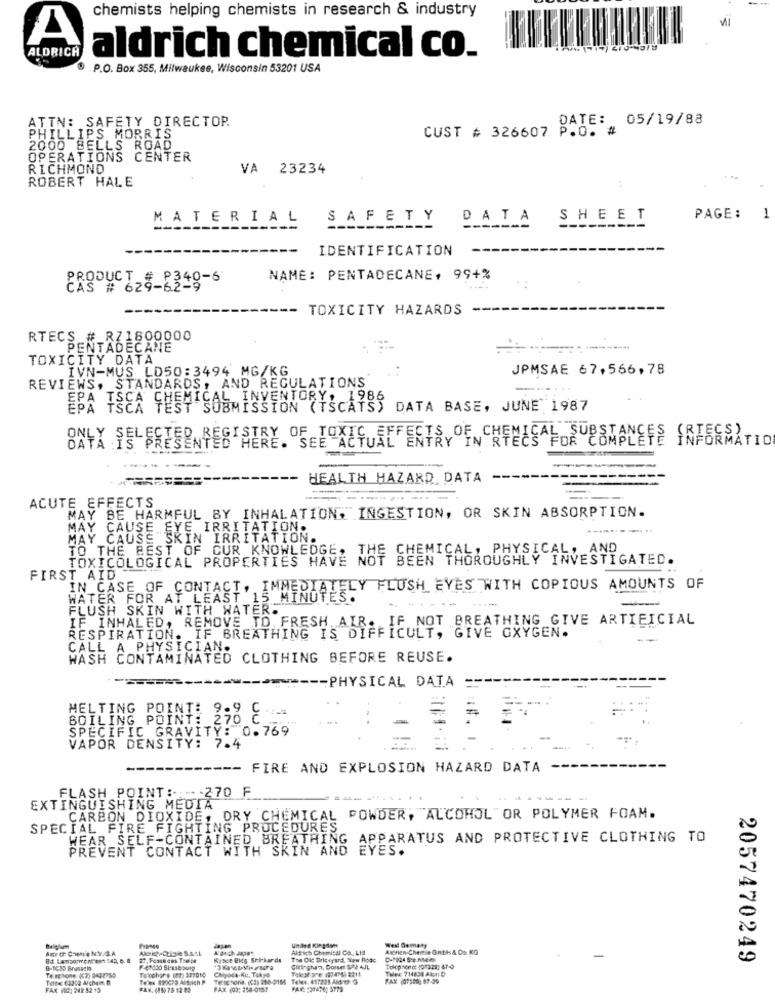
chemists helping chemists in research & industry
A
ALDRICH
aldrich chemical co.
P.O. Box 355, Milwaukee, Wisconsin 53201 USA
ATTN: SAFETY DIRECTOR
DATE: 05/19/88
CUST # 326607 P.O. #
PHILLIPS MORRIS
2000 BELLS ROAD
OPERATIONS CENTER
RICHMOND
VA
23234
ROBERT HALE
MATERIAL
SAFETY DATA
SHEET
PAGE:
1
IDENTIFICATION
PRODUCTS_
NAME: PENTADECANE, 99+%
-- TOXICITY HAZARDS
RTECS # RZ1800000
PENTADECANE
TOXICITY DATA
IVN-MUS LD50:3494 MG/KG
JPMSAE 67,566,78
REVIEWS, STANDARDS, AND REGULATIONS
EPA ISCA CHEMICAL INVENTORY, 1986
EPA TSCA TEST SUBMISSION (TSCATS) DATA BASE, JUNE 1987
ISTRY OF TOXIC EFFECTS OF CHFEES FOR COMPLETE INFORMATION
ONYX IS PRESENTED HERE. SEE ACTUA
-
HEALTH HAZARD DATA
..-- -
ACUTE EFFECTS
MAY BE HARMFUL BY INHALATION, INGESTION, OR SKIN ABSORPTION.
MAY CAUSE EYE IRRITATION.
MAY CAUSE SKIN IRRITATION.
TO THE BEST OF CUR KNOWLEDGE,
CHEMICAL: PHYSICAL, AND
TOXICOLOGICAL PROPERTIES HAVE NOT BEEN THOROUGHLY INVESTIGATED.
FIRST AID
IN CASE OF CONTACT, IMMEDIATELY FLUSH EYES WITH COPIOUS AMOUNTS OF
WATER FOR AT LEAST_15 MINUTES.
FLUSH SKIN WITH WATER.
IF INHALED, REMOVE TO FRESH AIR. IF NOT BREATHING GIVE ARTIFICIAL
RESPIRATION. IF BREATHING IS DIFFICULT, GIVE GXYGEN.
CALL A PHYSICIAN
WASH CONTAMINATED CLOTHING BEFORE REUSE.
-- PHYSICAL DATA
MELTING POINT: 9.9
BOILING POINT: 276 2 --
...
SPECIFIC GRAVITY: 0.769
VAPOR DENSITY: 7.4
----
----- FIRE AND EXPLOSION HAZARD DATA
FLASH POINT :: 270 F
EXTINGUISHING MEDIA
CARBON DIOXIDE, DRY CHEMICAL POWDER, ALCOHOL OR POLYMER FOAM.
SPECIAL FIRE FIGHTING PROCEDURES
WEAR_SELF-CONTAINED BREATHING APPARATUS AND PROTECTIVE CLOTHING TO
PREVENT CONTACT WITH SKIN AND EYES.
United Kingdom
West Gemany
AKT CE COMIA NY/S.A.
Aldich Chemical Co ., Lis
Aldrien-Chemie Ont H& Co. KG
27. Foaud cos TselDe
Kysce Bids Srilarda
The Old Bristyard, New Ross
2057470249
8-1080 Brussch
Towchers 10: 327010
Chiyoda.Ku, Tokyo
Citinghan, Dorset SPE JL
Tolephone 107228; 87 -0
Tulex 714830 Alon D
Telephone: ((3) 2432769
Telex 890075 Altrich P
Terstone. (23) 250-0156 Teles. 417225 Aldith G
FAX (00: 242 52 15
FAR. (18) 75 12 82
FAX (03: 250-0157